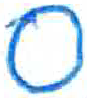
אות: ס